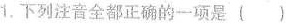
1.下列注音全都正确的一项是()